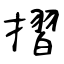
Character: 摺